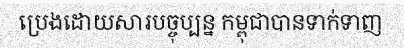
ប្រេងដោយសារបច្ចុប្បន្ន កម្ពុជាបានទាក់ទាញ